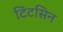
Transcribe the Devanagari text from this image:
टिंटसिन